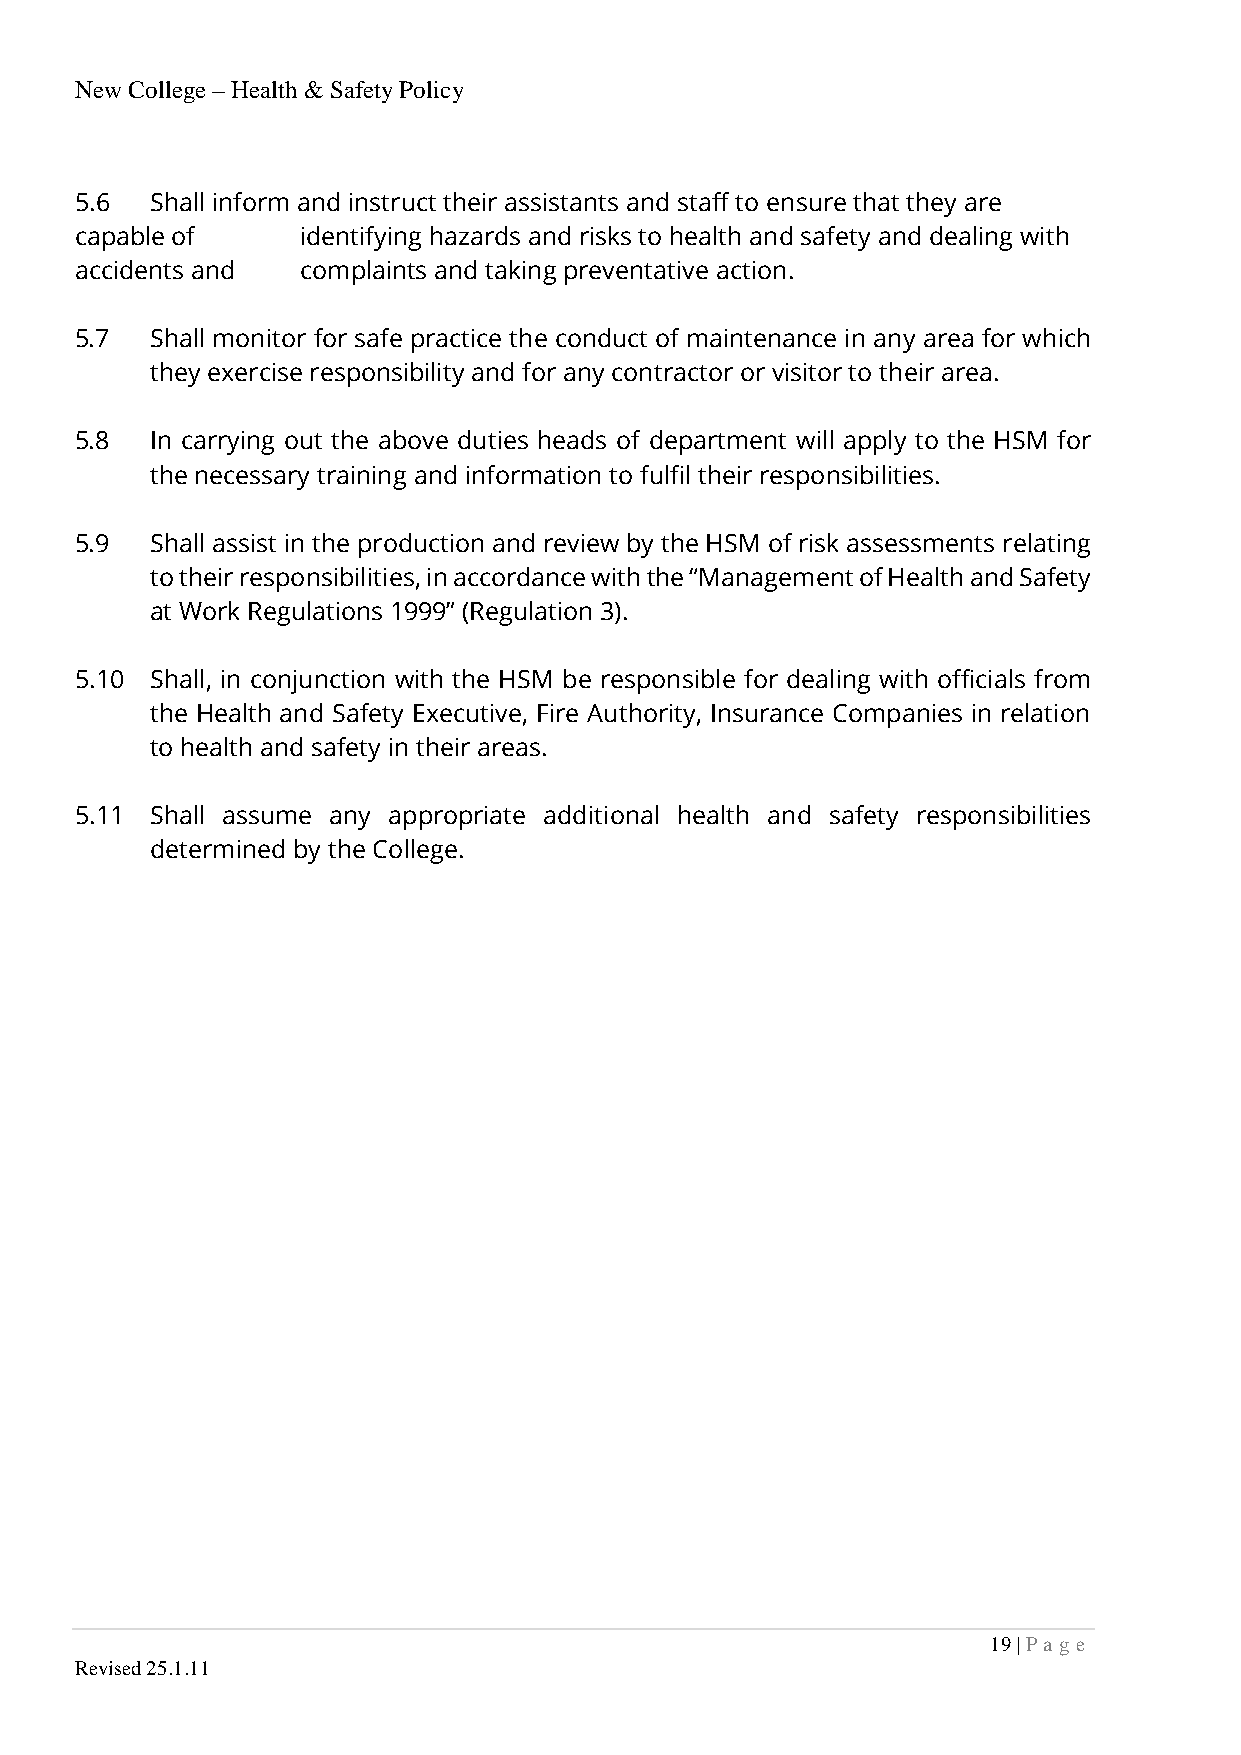
New College – Health & Safety Policy
 5.6  Shall inform and instruct their assistants and staff to ensure that they are
 capable of     identifying hazards and risks to health and safety and dealing with
 accidents and  complaints and taking preventative action.
 5.7  Shall monitor for safe practice the conduct of maintenance in any area for which
 they exercise responsibility and for any contractor or visitor to their area.
 5.8  In carrying out the above duties heads of department will apply to the HSM for
 the necessary training and information to fulfil their responsibilities.
 5.9  Shall assist in the production and review by the HSM of risk assessments relating
 to their responsibilities, in accordance with the “Management of Health and Safety
 at Work Regulations 1999” (Regulation 3).
 5.10 Shall, in conjunction with the HSM be responsible for dealing with officials from
 the Health and Safety Executive, Fire Authority, Insurance Companies in relation
 to health and safety in their areas.
 5.11 Shall assume any appropriate additional health and safety responsibilities
 determined by the College.
 19 | P a ge
 Revised 25.1.11